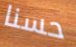
حسنا